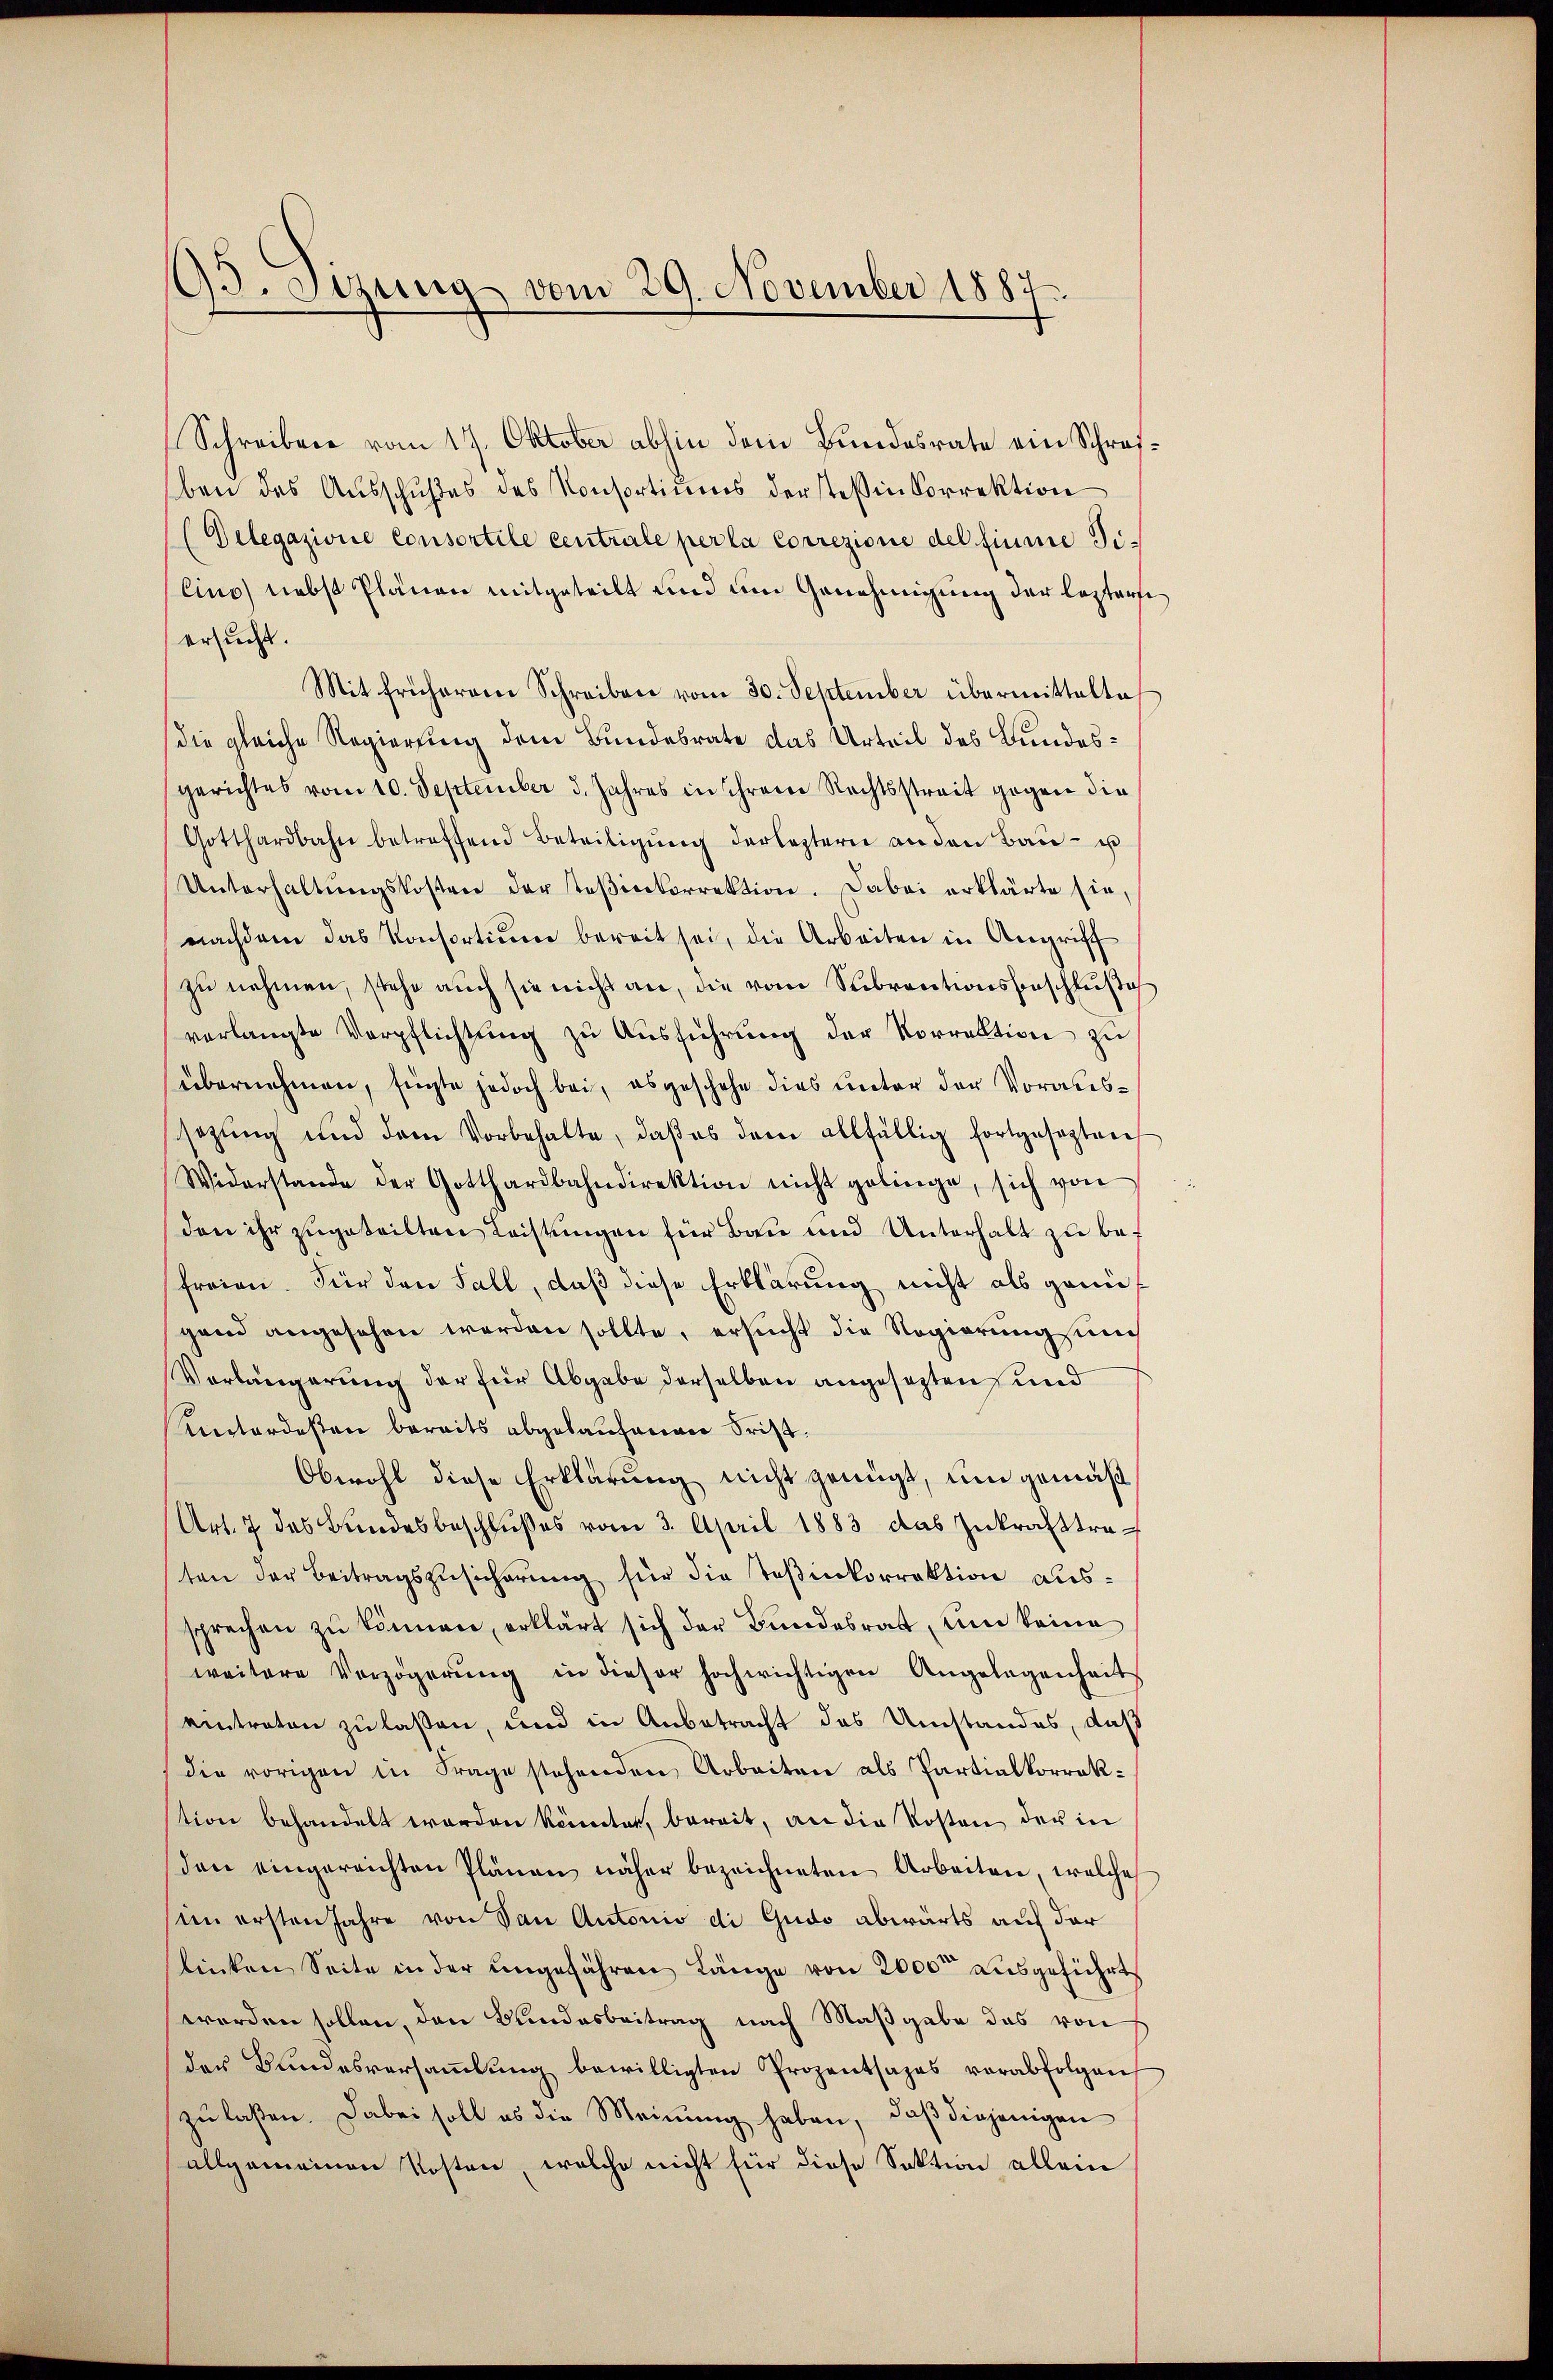
93. Setzung vom 29. November 1887.

Schreiben vom 17. Oktober abhin dem Bundesrate ein Schreiben des Ausschußes des Konsortiums der Teßin Correktion
(Delegazione Consortile centrale per la Correzione del finie Ti¬
Cins) nebst Plänen mitgeteilt und um Genehmigung der leztersiersucht.
Mit früherem Schreiben vom 30. September übermittelte
die gleiche Regierung dem Bundesrate das Urteil des Bundesgerichtes vom 10. September 3. Jahres in schreier Rechtsstreit gegen die
Gotthardbahn betreffend Beteiligŭng derleztern an den Baŭ- u
Unterhaltŭngskosten der toβicekorrektion. Dabei erklärte sie,
nachdem das Konsortium bereit sei, die Arbeiten in Angriff
zŭ nehmen, stehe auch sie nicht an, die vom Subventionsbeschluße
verlangte Verpflichtung zu Ausführung der Vorrektion zu
übernehmen, fügte jedoch bei, es geschehe dies unter der Voraussezung und dem Vorbehalte, daβ es dann allfällig fortgesezten
Widerstande der Gotthardbahndirektion nicht gebinge, sich von
den ihr zugeteilten Leistungen für Bau und Unterhalt zu befreien. Für den Fall, daß diese Erklärung nicht als genügand angesehen worden sollte, ersucht die Regierung und
Vorlängerung der für Abgabe derselben angesezten und
Verordesten bereits abgelaufenen Frist.
Obwohl diese Erklärung nicht genügt, um gemäß
Art. 7 des Bundesbeschlŭβes vom 3. April 1883 das Inkrafttreten der Beitragszusicherung für die Teßinkorrektion aussprechen zu können, erklärt sich der Bundesrat, um keine
weitere Verzögerŭng in dieser hochwichtigen Angelegenheit
eintreten zu laßen, und in Anbetracht des Umstandes, daß
die vorigen in Frage stehenden Arbeiten als Partialkorrektion behandelt worden könnten, bereit, an die Kosten der in
den eingereichten Plänen näher bezeichneten Arbeiten, welche
im ersten Jahre von San Antonio di Gudo abwärts auf der
linken Seite in der ungefähren Länge von 2000 ausgeführt
worden sollen, den Bundesbeitrag nach Maßgabe das von
der Bundesversaṁlŭng bewilligten Prozentsages verabfolgen
zu laßen. Dabei soll es die Meinung haben, daß diejenigen
allgemeinen Kosten, welche nicht für diese Sektion allein